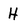
Character: H